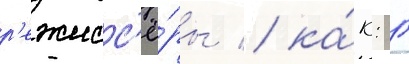
р'ежисс'ё́ры / ка́к: г